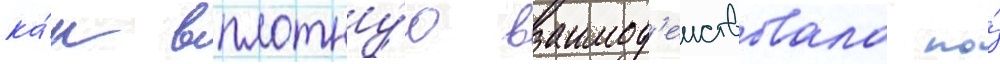
ка́к вплотну́ю взаимод'еиствовала по́